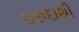
ઇરાદાથી